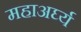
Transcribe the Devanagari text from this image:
महाअर्घ्य